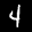
Label: 4